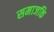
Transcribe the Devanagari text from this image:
समाजकि